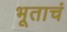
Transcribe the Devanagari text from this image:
भूताचं